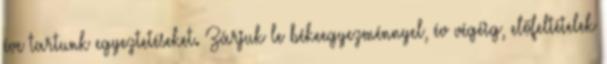
éve tartunk egyeztetéseket. Zárjuk le békeegyezménnyel, év végéig, előfeltételek